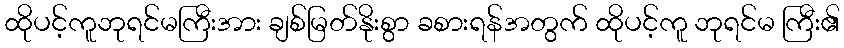
ထိုပင့်ကူဘုရင်မကြီးအား ချစ်မြတ်နိုးစွာ ခစားရန်အတွက် ထိုပင့်ကူ ဘုရင်မ ကြီး၏